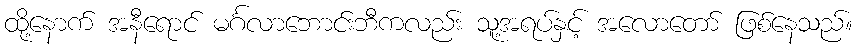
ထို့နောက် အနီရောင် မင်္ဂလာဘောင်းဘီကလည်း သူ့အရပ်နှင့် အလောတော် ဖြစ်နေသည်။